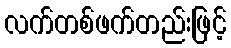
လက်တစ်ဖက်တည်းဖြင့်